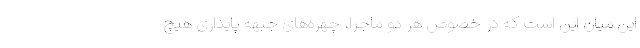
این میان این است كه در خصوص هر دو ماجرا، چهره‌های جبهه پایداری هیچ